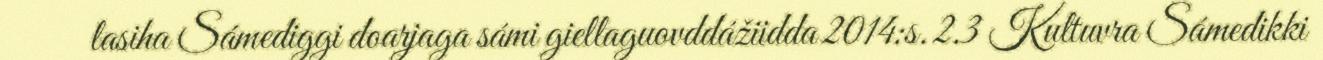
lasiha Sámediggi doarjaga sámi giellaguovddážiidda 2014:s. 2.3 Kultuvra Sámedikki